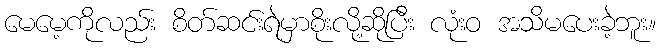
မေမေ့ကိုလည်း စိတ်ဆင်းရဲမှာစိုးလို့ဆိုပြီး လုံးဝ အသိမပေးခဲ့ဘူး။